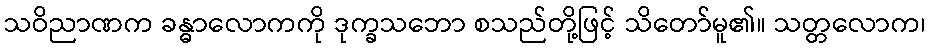
သဝိညာဏက ခန္ဓာလောကကို ဒုက္ခသဘော စသည်တို့ဖြင့် သိတော်မူ၏။ သတ္တလောက၊